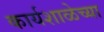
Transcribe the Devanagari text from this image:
कार्यशाळेच्या